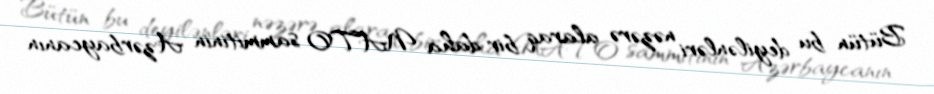
Bütün bu deyilənləri nəzərə alaraq bir daha NATO sammitinin Azərbaycanın